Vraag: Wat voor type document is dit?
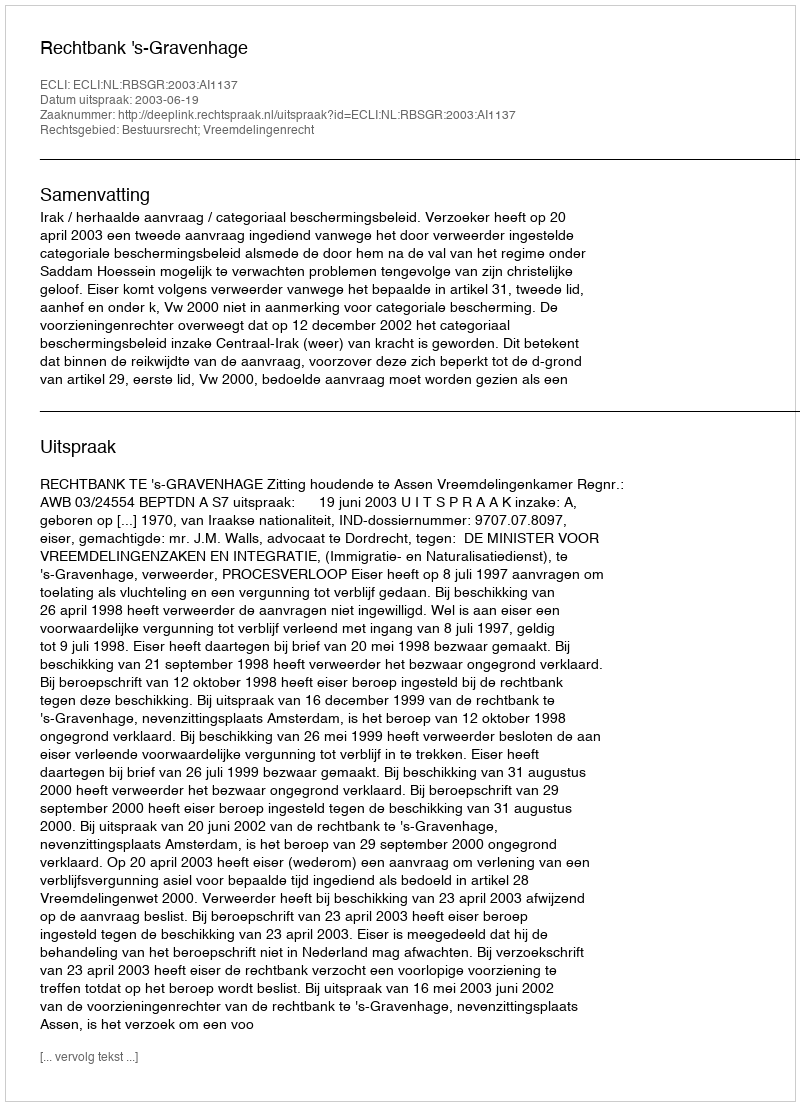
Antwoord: Uitspraak